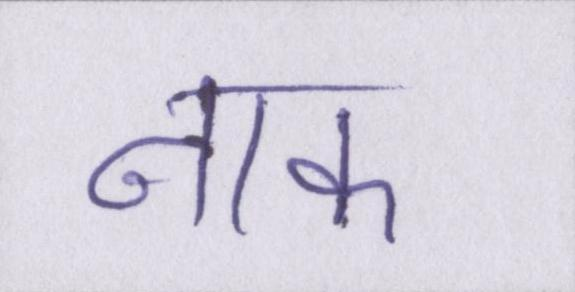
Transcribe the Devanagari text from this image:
नाक